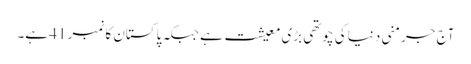
آج جرمنی دنیا کی چوتھی بڑی معیشت ہے جبکہ پاکستان کا نمبر 41 ہے۔